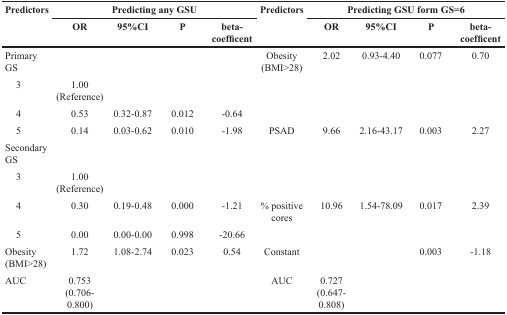
| <ROWSPAN=2> Predictors | <COLSPAN=4> Predicting any GSU | <ROWSPAN=2> Predictors | <COLSPAN=4> Predicting GSU form GS=6 |
 | OR | 95%CI | P | beta-coefficent | OR | 95%CI | P | beta-coefficent |
 | --- | --- | --- | --- | --- | --- | --- | --- | --- | --- |
 | Primary GS |  |  |  |  | Obesity (BMI>28) | 2.02 | 0.93-4.40 | 0.077 | 0.70 |
 | 3 | 1.00 (Reference) |  |  |  |  |  |  |  |  |
 | 4 | 0.53 | 0.32-0.87 | 0.012 | −0.64 |  |  |  |  |  |
 | 5 | 0.14 | 0.03-0.62 | 0.010 | −1.98 | PSAD | 9.66 | 2.16-43.17 | 0.003 | 2.27 |
 | Secondary GS |  |  |  |  |  |  |  |  |  |
 | 3 | 1.00 (Reference) |  |  |  |  |  |  |  |  |
 | 4 | 0.30 | 0.19-0.48 | 0.000 | −1.21 | % positive cores | 10.96 | 1.54-78.09 | 0.017 | 2.39 |
 | 5 | 0.00 | 0.00-0.00 | 0.998 | −20.66 |  |  |  |  |  |
 | Obesity (BMI>28) | 1.72 | 1.08-2.74 | 0.023 | 0.54 | Constant |  |  | 0.003 | −1.18 |
 | AUC | 0.753 (0.706-0.800) |  |  |  | AUC | 0.727 (0.647-0.808) |  |  |  |